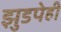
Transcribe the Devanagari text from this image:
झुडपेही